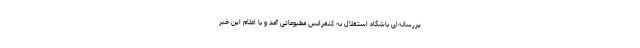
یررسانه‌ای باشگاه استقلال به کنفرانس مطبوعاتی آمد و با اعلام این خبر